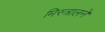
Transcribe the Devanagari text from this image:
मिस्त्रालने